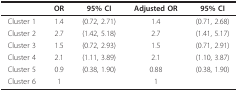
<table><thead><tr><td></td><td><b>OR</b></td><td><b>95% CI</b></td><td><b>Adjusted OR</b></td><td><b>95% CI</b></td></tr></thead><tbody><tr><td>Cluster 1</td><td>1.4</td><td>(0.72, 2.71)</td><td>1.4</td><td>(0.71, 2.68)</td></tr><tr><td>Cluster 2</td><td>2.7</td><td>(1.42, 5.18)</td><td>2.7</td><td>(1.41, 5.17)</td></tr><tr><td>Cluster 3</td><td>1.5</td><td>(0.72, 2.93)</td><td>1.5</td><td>(0.71, 2.91)</td></tr><tr><td>Cluster 4</td><td>2.1</td><td>(1.11, 3.89)</td><td>2.1</td><td>(1.10, 3.87)</td></tr><tr><td>Cluster 5</td><td>0.9</td><td>(0.38, 1.90)</td><td>0.88</td><td>(0.38, 1.90)</td></tr><tr><td>Cluster 6</td><td>1</td><td></td><td>1</td><td></td></tr></tbody></table>